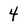
Character: 4